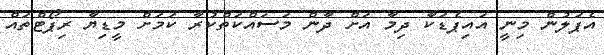
އެޕަލުން މިނީ އައިޕެޑަކާ ދިމާ އަށް ދާން މަސައްކަތްކުރާ ކަމަށް މީޑިޔާ ރިޕޯޓްތައް